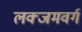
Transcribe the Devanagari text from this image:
लक्जमवर्ग